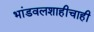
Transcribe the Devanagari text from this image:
भांडवलशाहीचाही